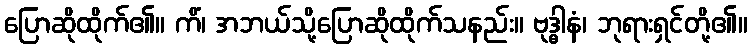
ပြောဆိုထိုက်၏။ ကိံ၊ အဘယ်သို့ပြောဆိုထိုက်သနည်း။ ဗုဒ္ဓါနံ၊ ဘုရားရှင်တို့၏။